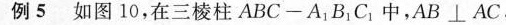
例5 如图10，在三棱柱ABC-A_{1}B_{1}C_{1}中，$$A B \perp A C$$，